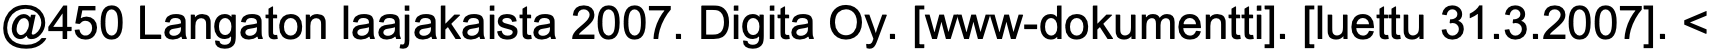
@450 Langaton laajakaista 2007. Digita Oy. [www-dokumentti]. [luettu 31.3.2007]. <